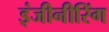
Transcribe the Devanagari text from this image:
इंजीनीरिंग